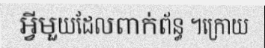
អ្វីមួយដែលពាក់ព័ន្ធ ។ក្រោយ